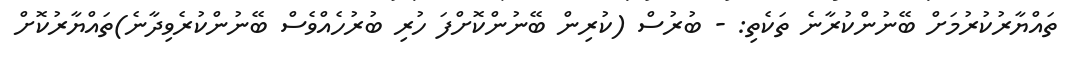
ތައްޔާރުކުރުމަށް ބޭނުންކުރާނެ ތަކެތި: - ބުރުސް (ކުރިން ބޭނުންކޮށްފަ ހުރި ބުރުހެއްވެސް ބޭނުންކުރެވިދާނެ)ތައްޔާރުކޮށް